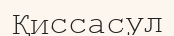
Қиссасул